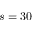
s = 3 0